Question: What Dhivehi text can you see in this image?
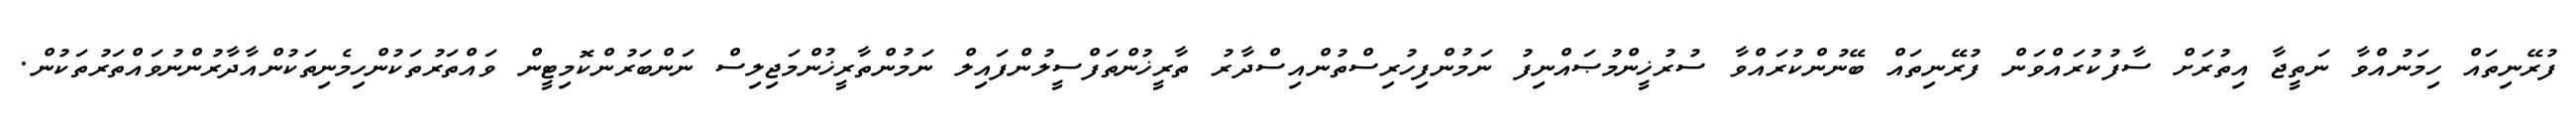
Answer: ފުރޭނިތައް ހިމަނުއްވާ ނަތީޖާ އިތުރަށް ސާފުކުރައްވަން ފުރޭނިތައް ބޭނުންކުރައްވާ ސުރުޚީންމުޞައްނިފު ނަމުންފިހުރިސްތުންއިސްދާރު ތާރީޚުންތަފްސީލުންފައިލް ނަމުންތާރީޚުންމަޖިލިސް ނަންބަރުންކޮމިޓީން ވައްތަރުތަކުންހިމެނިތަކުންއާދާރުންނުވައްތަރުތަކުން.